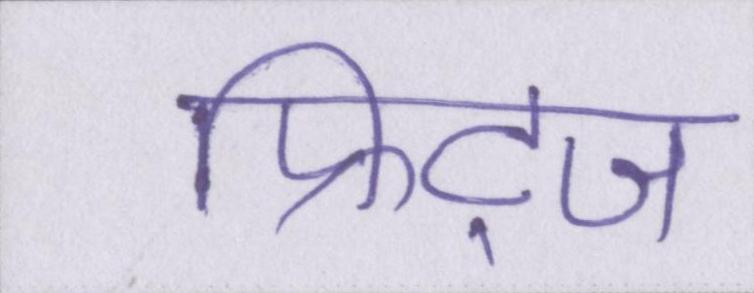
फ्रिट्ज